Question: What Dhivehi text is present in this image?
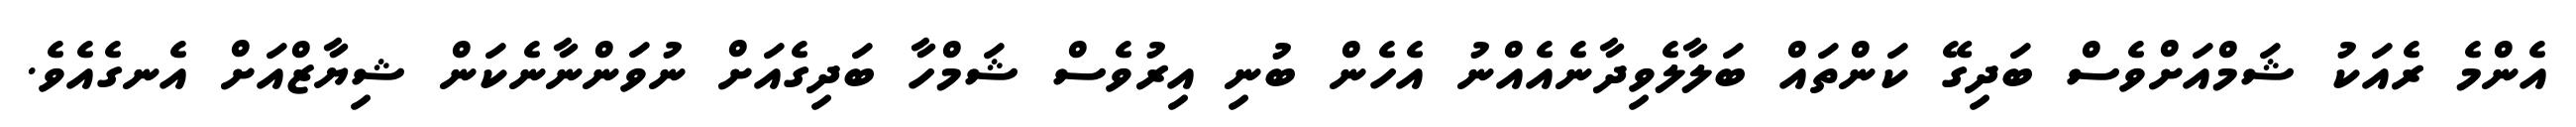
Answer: އެންމެ ރެއަކު ޝަމްއަށްވެސް ބަދިގޭ ކަންތައް ބަލާލެވިދާނެއެއްނު އެހެން ބުނި އިރުވެސް ޝަމްހާ ބަދިގެއަށް ނުވަންނާނެކަން ޝިޔާޒްއަށް އެނގެއެވެ.